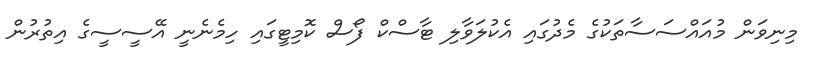
މިނިވަން މުއައްސަސާތަކުގެ މެދުގައި އެކުލަވާލި ޓާސްކް ފޯސް ކޮމިޓީގައި ހިމެނެނީ އޭސީސީގެ އިތުރުން